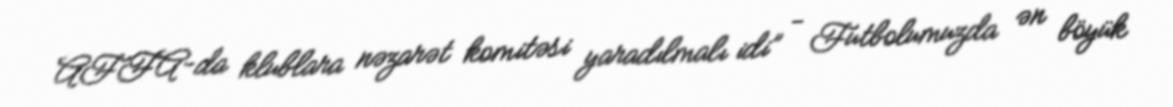
AFFA-da klublara nəzarət komitəsi yaradılmalı idi” - Futbolumuzda ən böyük